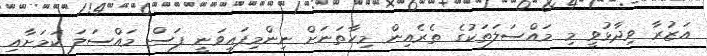
އަޒުރާ ވިދާޅުވީ މި މައްސަލަތަކުގެ ތެރެއިން މިހާތަނަށް ނިންމިފައިވަނީ ފަސް މައްސަލަ ކަމަށާއި